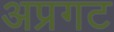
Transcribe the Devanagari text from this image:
अप्रगट